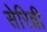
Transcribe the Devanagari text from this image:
सेरिब्री